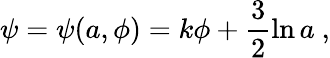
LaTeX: \psi=\psi(a,\phi)=k\phi+\frac{3}{2}\ln{a}\ ,